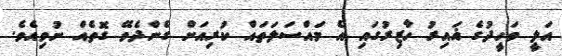
އަލީ ވަހީދުގެ ޣައިރު ހާޒިރުގައި އެ މައްސަލަތައް ކުރިއަށް ގެންދެވޭ ގޮތެއް ނުވިއެވެ.